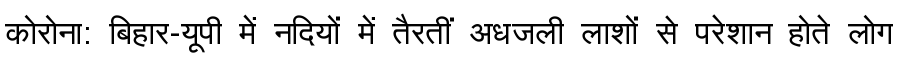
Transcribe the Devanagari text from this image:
कोरोना: बिहार-यूपी में नदियों में तैरतीं अधजली लाशों से परेशान होते लोग